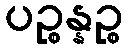
ပဉ္စန္နဉ္စ